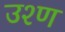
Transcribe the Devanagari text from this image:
उश्ण